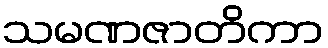
သမဏဇာတိကာ